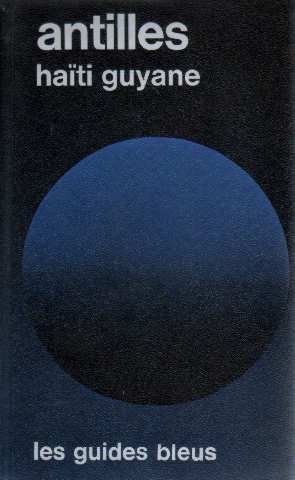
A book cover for Antilles francaises, Guyane, Haiti: Croisieres aux Caraibes (Les Guides bleus) (French Edition); GeneviÃ¨ve Machacek-Palatin, Christian Lionet FranÃ§ois MonmarchÃ©; Travel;